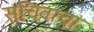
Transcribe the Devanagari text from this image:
सचिवाचा